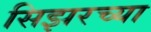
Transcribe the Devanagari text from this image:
सिझरच्या